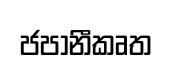
ජපානීකෘත